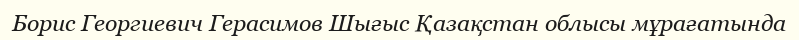
Борис Георгиевич Герасимов Шығыс Қазақстан облысы мұрағатында